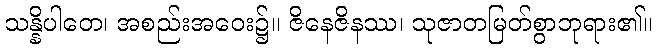
သန္နိပါတေ၊ အစည်းအဝေး၌။ ဇိနေဇိနဿ၊ သုဇာတမြတ်စွာဘုရား၏။